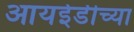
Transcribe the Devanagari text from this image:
आयईडीच्या